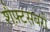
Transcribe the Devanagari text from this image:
शैफ़्टसबरी